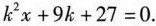
$$k^{2}x+9k+27=0.$$